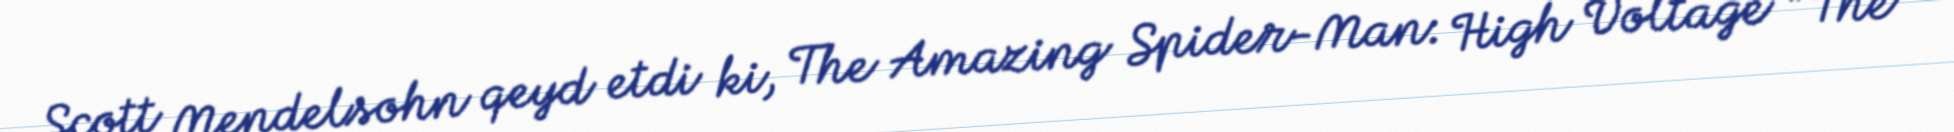
Scott Mendelsohn qeyd etdi ki, The Amazing Spider-Man: High Voltage "The